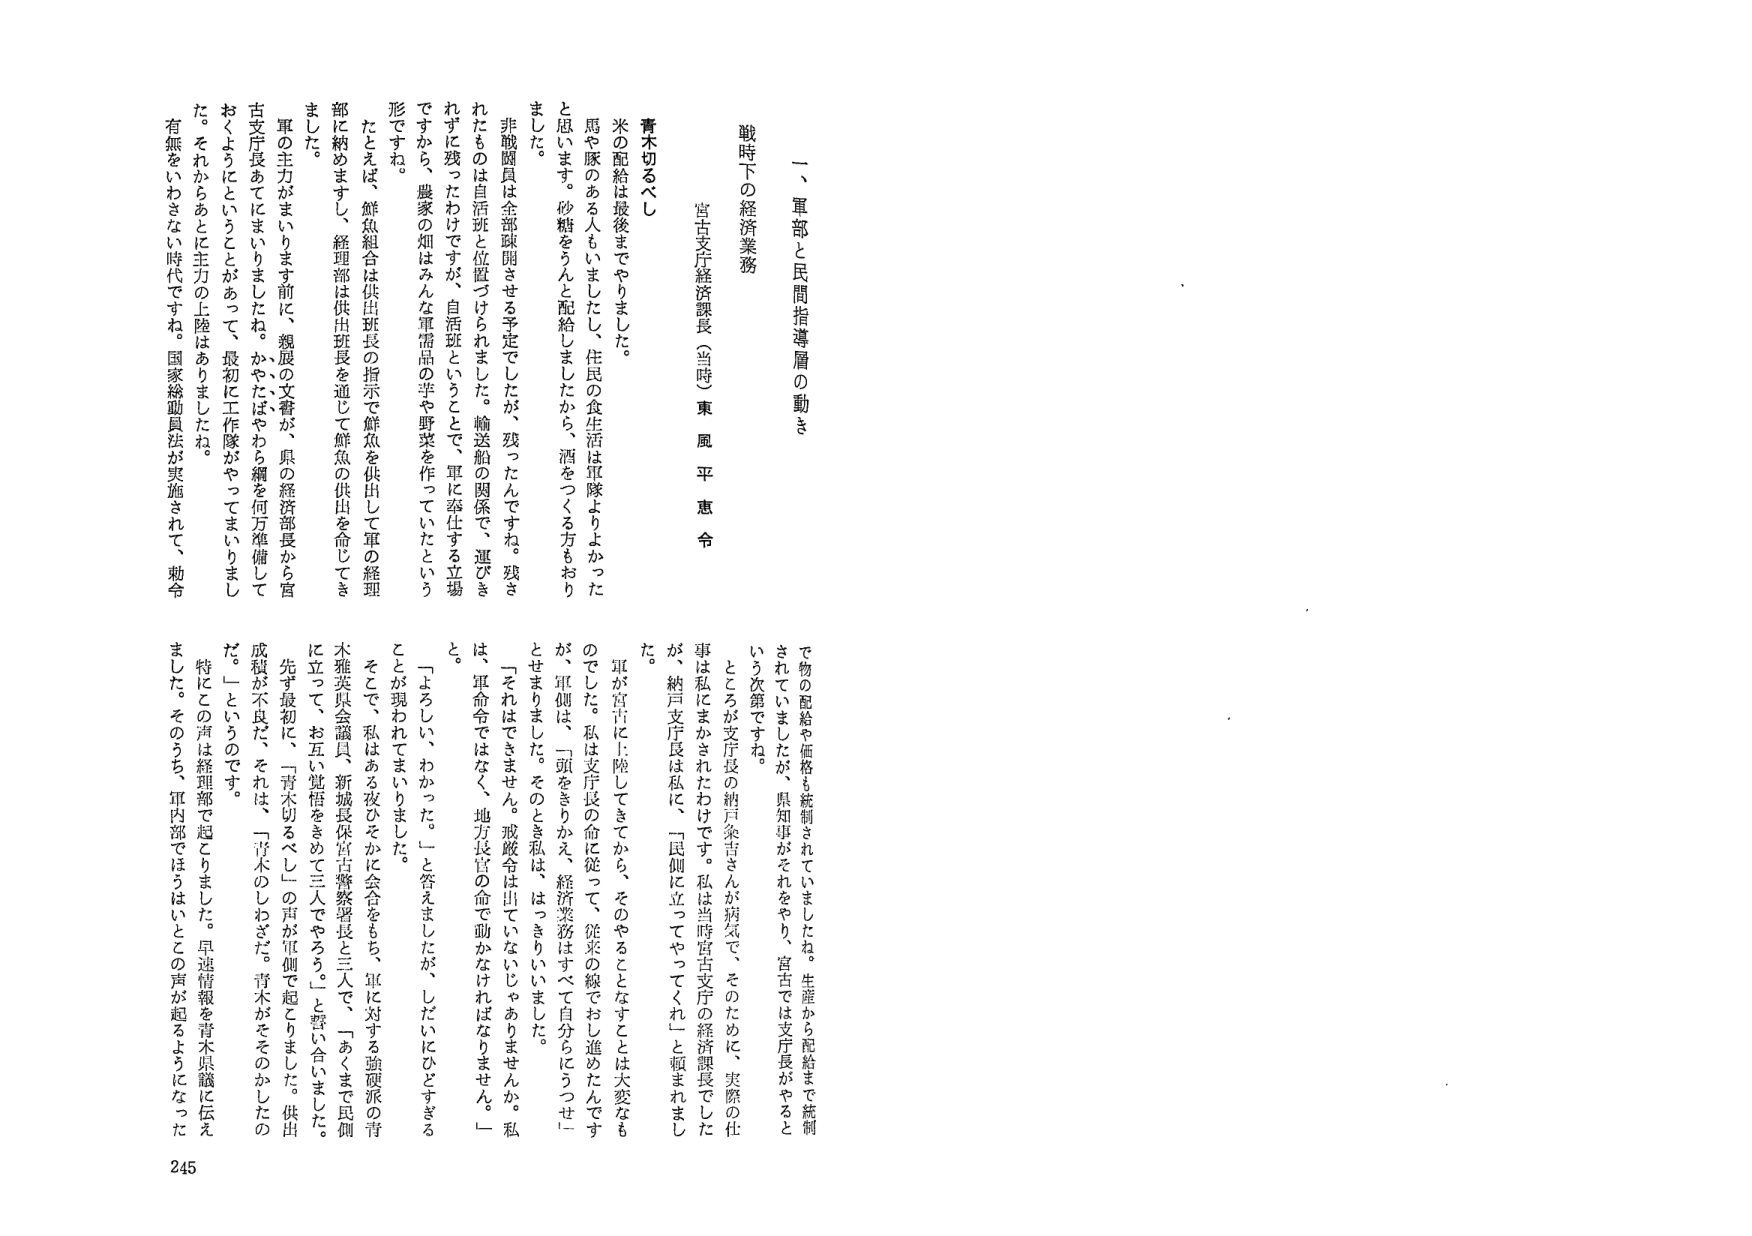
一、軍部と民間指導層の動き

戦時下の経済業務

宮古支庁経済課長（当時）東風平恵令

青木切るべし

米の配給は最後までやりました。
馬や豚のある人もいましたが、住民の食生活は軍隊よりよかったと思います。砂糖をろんと配給しましたから、酒をつくる方もおりました。

非戦闘員は全部疎開させる予定でしたが、残ったんですね。残されたものは自活班と位置づけられました。輸送船の関係で、運びきれずに残ったわけです。自活班ということで、軍に奉仕する立場ですから、農家の畑はみんな軍需品の芋や野菜を作っていたという形ですね。

たとえば、鮮魚組合は供出班長の指示で鮮魚を供出して軍の経理部に納めますし、経理部は供出班長を通じて鮮魚の供出を命じてきました。

軍の主力がまいります前に、親展の文書が、県の経済部長から宮古支庁長あてにまいりましたね。かやたばややら綱を何万準備しておくようにということがあって、最初に工作隊がやってまいりました。それからあとに主力の上陸はありましたね。

有無をいわさない時代ですね。国家総動員法が実施されて、勅令

で物の配給や価格も統制されていましたね。生産から配給まで統制されていましたが、県知事がそれをやり、宮古では支庁長がやるという次第ですね。

ところが支庁長の納戸条吉さんが病気で、そのために、実際の仕事は私にまかされたわけです。私は当時宮古支庁の経済課長でした。が、納戸支庁長は私に、「民側に立ってやってくれ」と頼まれました。

軍が宮古に上陸してきてから、そのやることなることは大変なものでした。私は支庁長の命に従って、従来の線でおし進めたんですが、軍側は、「頭をきりかえ、経済業務はすべて自分らにうつせ」とせまりました。そのとき私は、はっきりいいました。

「それはできません。戒厳令は出ていないじゃありませんか。私は、軍命令ではなく、地方長官の命で動かなければなりません。」

「よろしい、わかった。」と答えましたが、しだいにひどすぎることが現れてしまいました。

そこで、私はある夜ひそかに会合をもち、軍に対する強硬派の青木雅英県会議員、新城長保宮古警察署長と三人で、「あくまで民側に立って、お互い覚悟をきめて三人でやろう。」と誓い合いました。

先ず最初に、「青木切るべし」の声が軍側で起ってました。供出成績が不良だ、それは、「青木のしわざだ。青木がそそのかしたのだ。」というのです。

特にこの声は経理部で起りました。早速情報を青木県議に伝えました。そのうち、軍内部でほうはいとの声が起きようになった

245